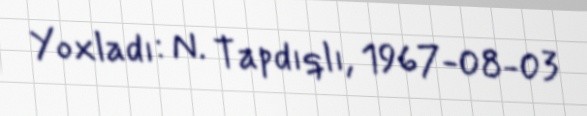
Yoxladı: N. Tapdıqlı, 1967-08-03